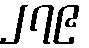
၂၇၉